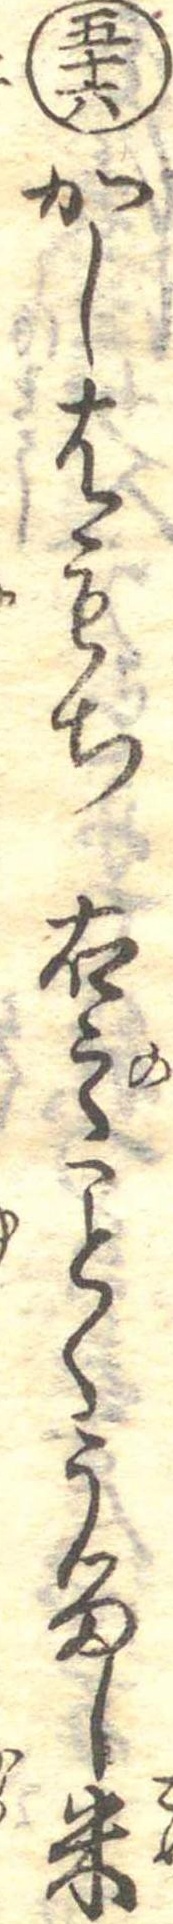
五十六かしはもち右之くうるし米